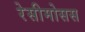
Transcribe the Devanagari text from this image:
रेसीमोसस